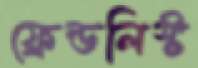
ফ্রেন্ডলিস্ট